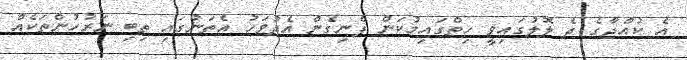
އެ ކުއްޖާގެ ދެ ލޮލުގައިވީ ހިތްގައިމުކަން ފެނިގެން އެދުވަހު އެތަނުގައި ތިބި ނަރުހުންތަކެއް